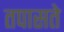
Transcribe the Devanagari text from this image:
तपासते